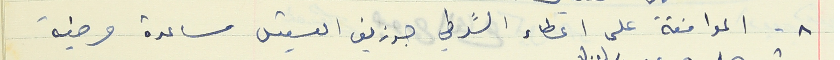
٨ - الموافقة على اعطاء الشرطي جوزيف القسيس مساعدة مرضية